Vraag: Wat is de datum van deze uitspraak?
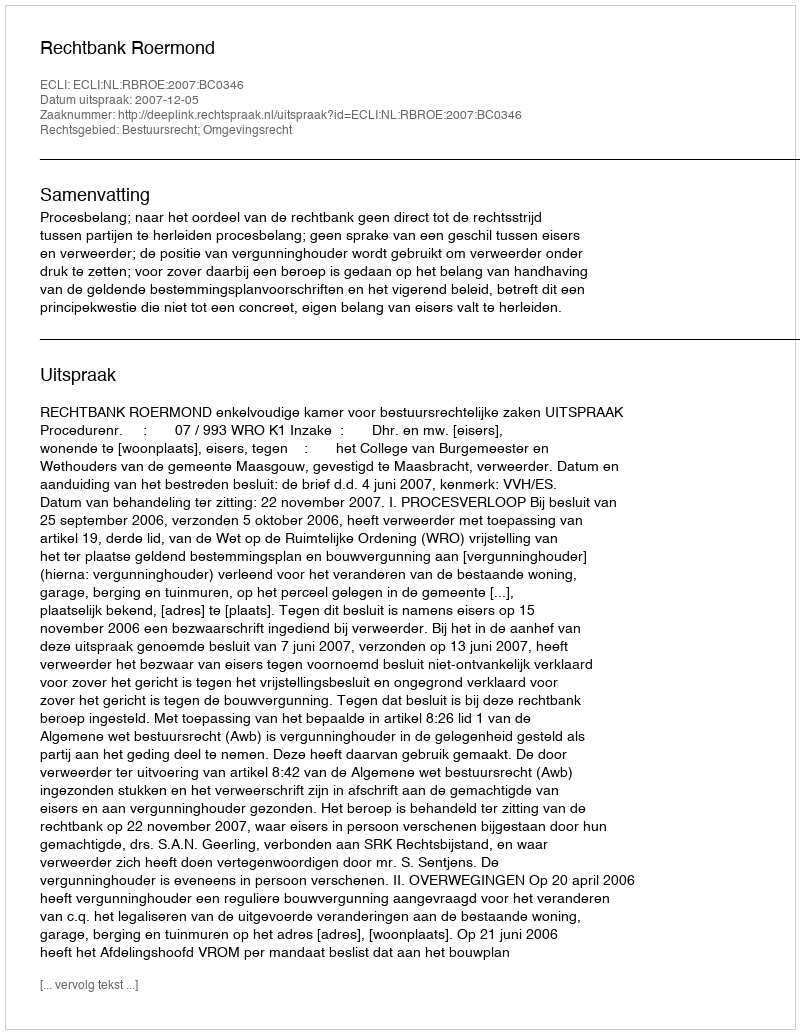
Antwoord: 2007-12-05